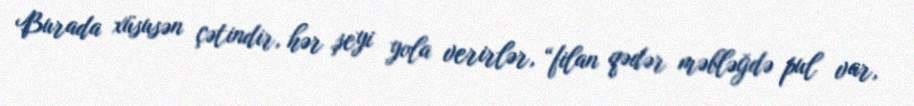
Burada xüsusən çətindir, hər şeyi yola verirlər, “filan qədər məbləğdə pul var,